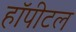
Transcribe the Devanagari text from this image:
हॉपीटल